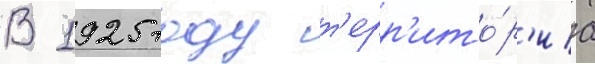
В 1925 году т'ерр'ито́р'иа